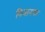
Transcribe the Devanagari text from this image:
विनानफा